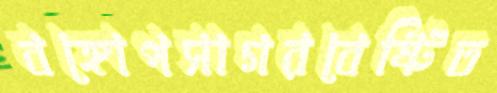
বঙ্গোপসাগরবেষ্টিত